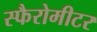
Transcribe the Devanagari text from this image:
स्फैरोमीटर